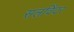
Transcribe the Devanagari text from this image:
सलविंदर